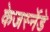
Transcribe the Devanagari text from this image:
केजर्स्नेडे